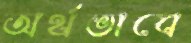
অর্থভাবে